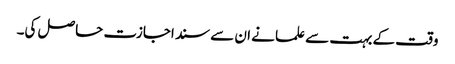
وقت کے بہت سے علما نے ان سے سند اجازت حاصل کی۔